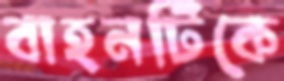
বাহনটিকে